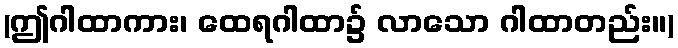
(ဤဂါထာကား၊ ထေရဂါထာ၌ လာသော ဂါထာတည်း။)